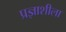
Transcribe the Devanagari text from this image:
प्रज्ञाशीला